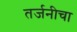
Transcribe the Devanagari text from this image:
तर्जनीचा